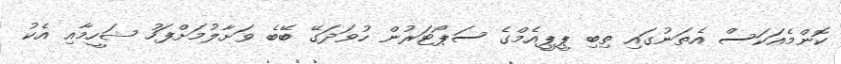
ކޮންމެއަކަސް އެތަނުގައި ތިބި ޕީޕީއެމްގެ ސަޕޯޓަރުން ހުވަދަގޭ ބޭބެ ވަށާލުމަށްފަހު ޝަހީމާއި އެކު